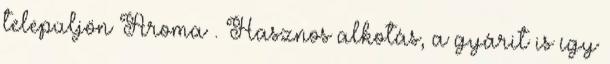
települjön Aroma . Hasznos alkotás, a gyárit is így